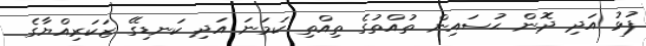
ފުޅު އަދި ދޮން ޙުސައިން ތުއްތުގެ ތިއްތި ކަމަނަ އަދި ކަނޑިގޭ ޒަކަރިއްޔާގެ